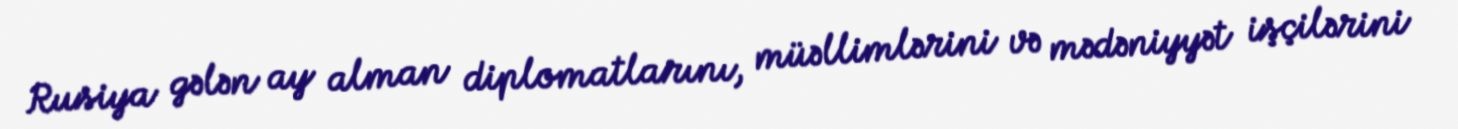
Rusiya gələn ay alman diplomatlarını, müəllimlərini və mədəniyyət işçilərini